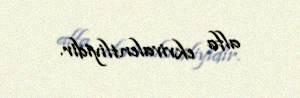
alfa ekvivalentliyidir.